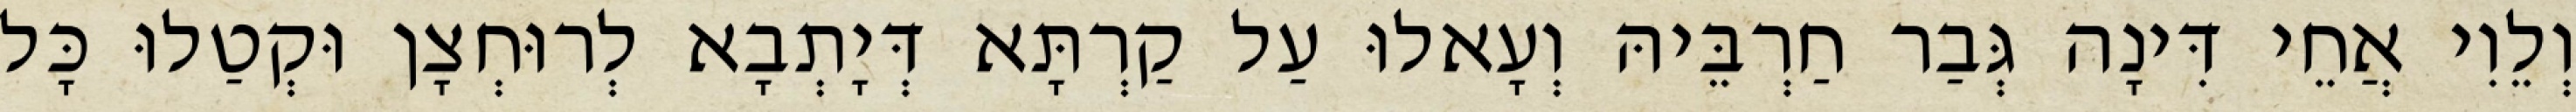
וְלֵוִי אֲחֵי דִּינָה גְּבַר חַרְבֵּיהּ וְעָאלוּ עַל קַרְתָּא דְּיָתְבָא לְרוּחְצָן וּקְטַלוּ כָּל